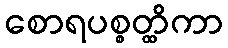
စောရပစ္စတ္ထိကာ